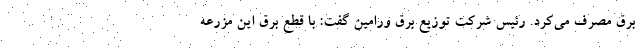
برق مصرف‌ می‌کرد. رئیس شرکت توزیع برق ورامین گفت: با قطع برق این مزرعه